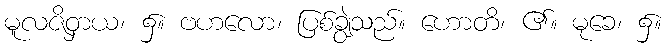
မူလဇိဝှာယ၊ ၌။ ဗဟလော၊ ပြစ်ချွဲသည်။ ဟောတိ၊ ၏။ မုခေ၊ ၌။